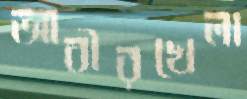
আবীরখেলা